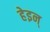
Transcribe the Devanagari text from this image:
हेइन्